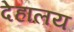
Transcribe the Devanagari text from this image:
देहालय